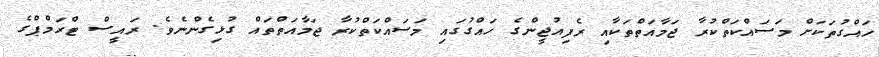
ހައްގުތަކަށް މަސައްކަތްކުރާ ޖަމާއަތްތަކާއި ރެފިއުޖީންގެ ހައްގުގައި މަސައްކަތްކުރާ ޖަމާއަތްތައް ގުޅިގެންނެވެ. ރައީސް ޓްރަމްޕްގެ